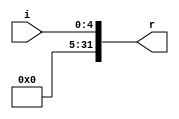
// ext5.v

module EXT5 #(parameter WIDTH = 5)(
	input [WIDTH-1:0] i,
	output [31:0] r
	);
	
	assign r = {{(32-WIDTH){1'b0}}, i};

endmodule